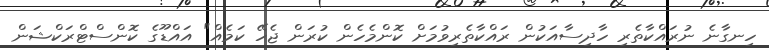
ހިނގާނެ ނުރައްކާތެރި ހާދިސާއަކުން ރައްކާތެރިވުމަށް ކޮންމެހެން ކުރަން ޖެހޭ ކަމެއް" އައްޑޫގެ ކޮންސްޓްރަކްޝަން